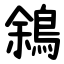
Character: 䳜